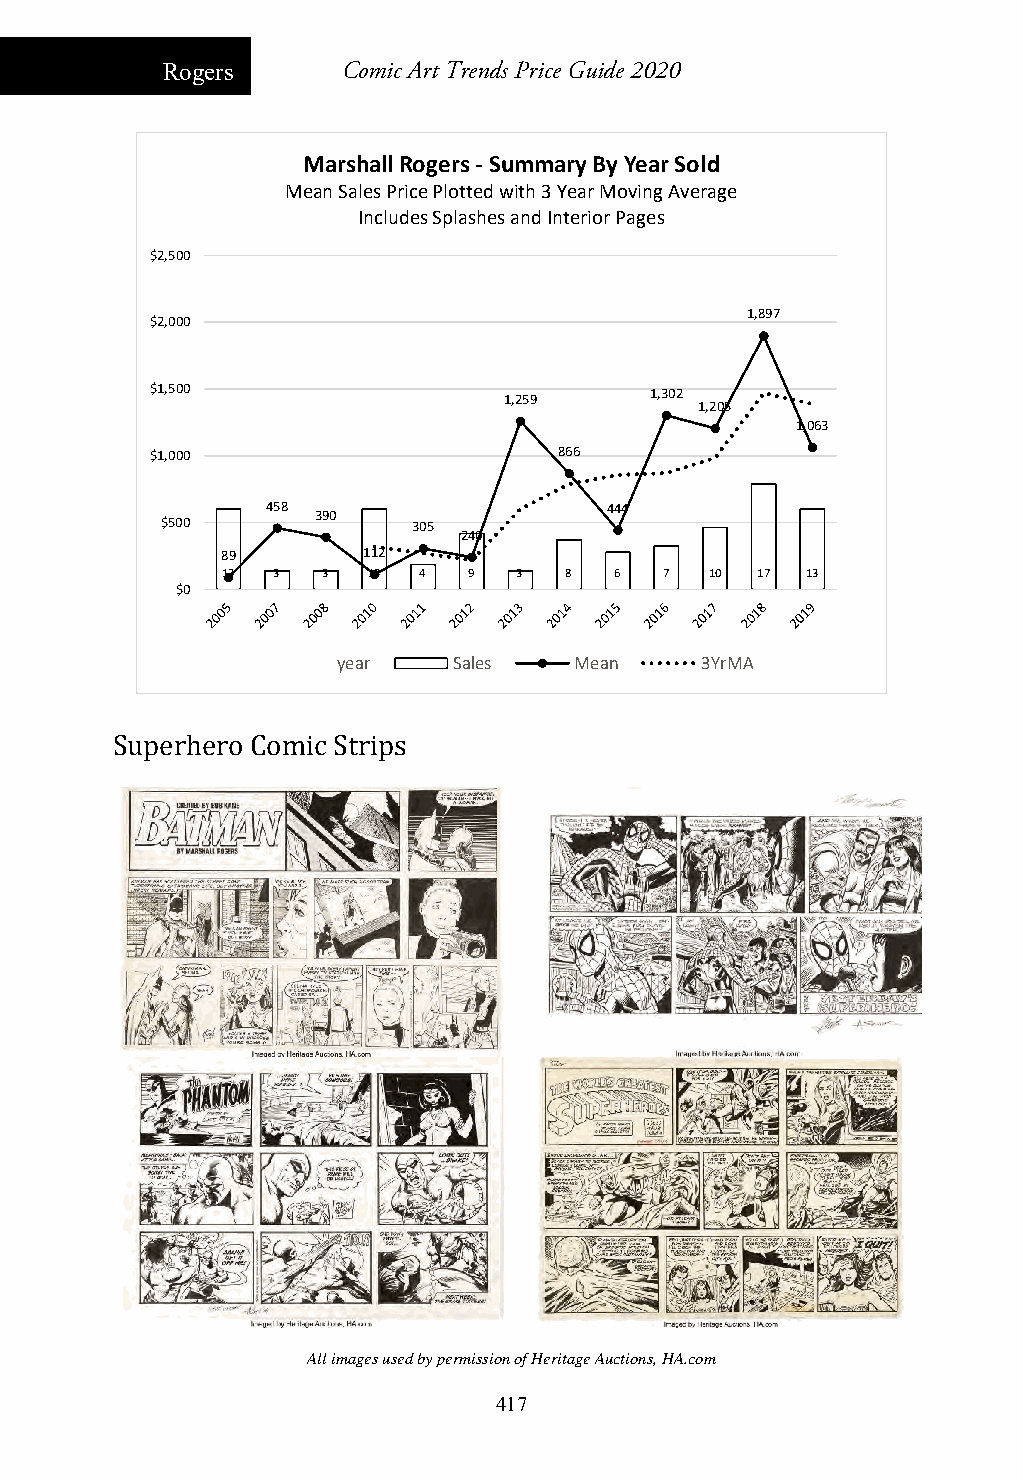
Rogers      Comic Art Trends Price Guide 2020
 Marshall Rogers ‐Summary By Year Sold
 Mean Sales Price Plotted with 3 Year Moving Average
 Includes Splashes and Interior Pages
 $2,500
 1,897
 $2,000
 $1,500                 1,259     1,302
 1,205
 1,063
 $1,000                     866
 458                   444
 390
 $500            305
 240
 89       112
 13 3  3  13  4  9  3  8   6  7  10 17 13
 $0
 year    Sales   Mean    3YrMA
 Superhero Comic Strips
 All images used by permission of Heritage Auctions, HA.com
 417